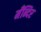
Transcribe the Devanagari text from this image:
मँन्दिर